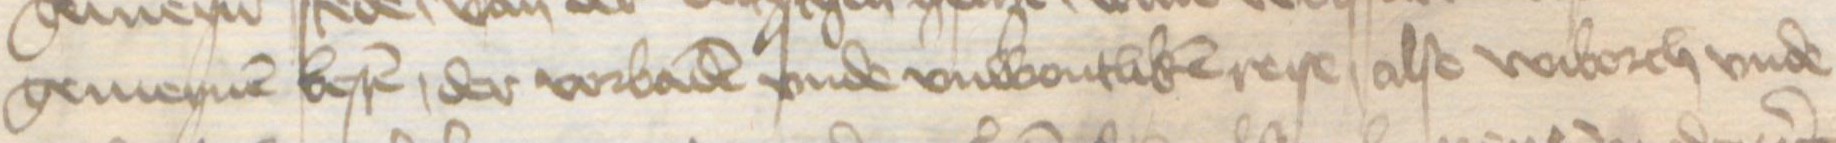
Transcription: gemeynen besten, der vorbaden vnde vnwontliken reise, alse Wiborch vnde